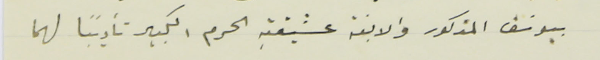
بيوسَف المذكور والابنة عشيقتهِ الحرم الكبير تأديبًا لهما